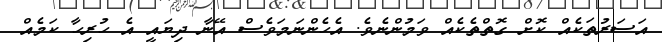
އަސަރުތަކެއް ކޮށް ގޮތްތެކެއް ވަމުންނެވެ. އެހެންނަމަވެސް އޭނާ ދިޔައީ އެ ހުރިހާ ކަމެއް